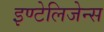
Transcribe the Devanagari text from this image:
इण्टेलिजेन्स